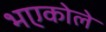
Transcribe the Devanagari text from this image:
भएकोले